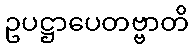
ဥပဋ္ဌာပေတဗ္ဗာတိ